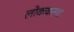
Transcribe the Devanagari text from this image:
लोककत्था